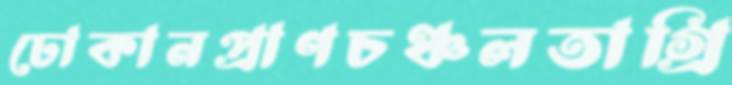
ঢোকানপ্রাণচঞ্চলতাগ্রি